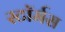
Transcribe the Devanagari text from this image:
स्टॉर्मस